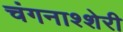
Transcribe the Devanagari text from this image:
चंगनाश्शेरी